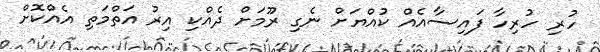
ހުރި ހުރިހާ ފައިސާއެއް ކުއްޔަށް ނެގި ރޫމަށް ދެއްކި އިރު އަތްމަތި އެއްކޮށް